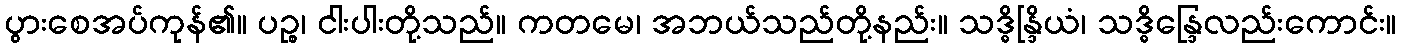
ပွားစေအပ်ကုန်၏။ ပဉ္စ၊ ငါးပါးတို့သည်။ ကတမေ၊ အဘယ်သည်တို့နည်း။ သဒ္ဓိန္ဒြိယံ၊ သဒ္ဓိန္ဒြေလည်းကောင်း။